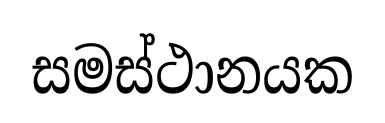
සමස්ථානයක